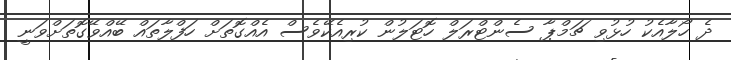
ދެ ހޯލާއެކު ހުޅުވި ޗަމްޕާ ސެންޓްރަލް ހޮޓަލުން ކުރިއެކޭވެސް އެއްގޮތަށް ހަފްލާތައް ބޭއްވޭގޮތަށްވަނީ